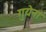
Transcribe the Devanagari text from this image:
गुयेना